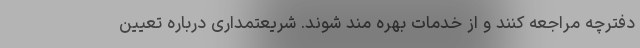
دفترچه مراجعه کنند و از خدمات بهره مند شوند. شریعتمداری درباره تعیین